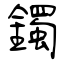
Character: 鐲